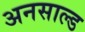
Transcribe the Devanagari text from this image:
अनसाल्ड